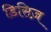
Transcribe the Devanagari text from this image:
डिसिज़